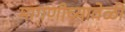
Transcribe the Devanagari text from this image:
मागणीच्यावेळी